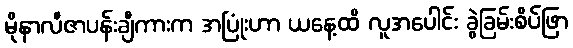
မိုနာလီဇာပန်းချီကားက အပြုံးဟာ ယနေ့ထိ လူအပေါင်း ခွဲခြမ်းစိပ်ဖြာ